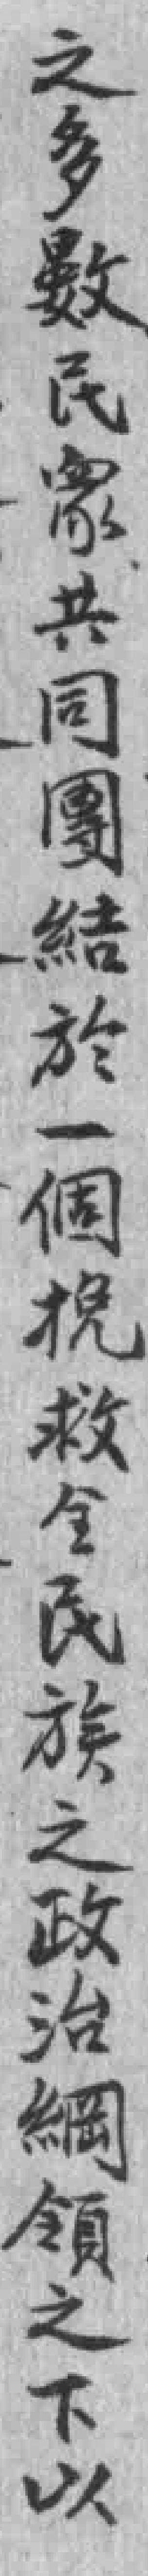
之多數民衆共同團結於一個挽救全民族之政治綱領之下以